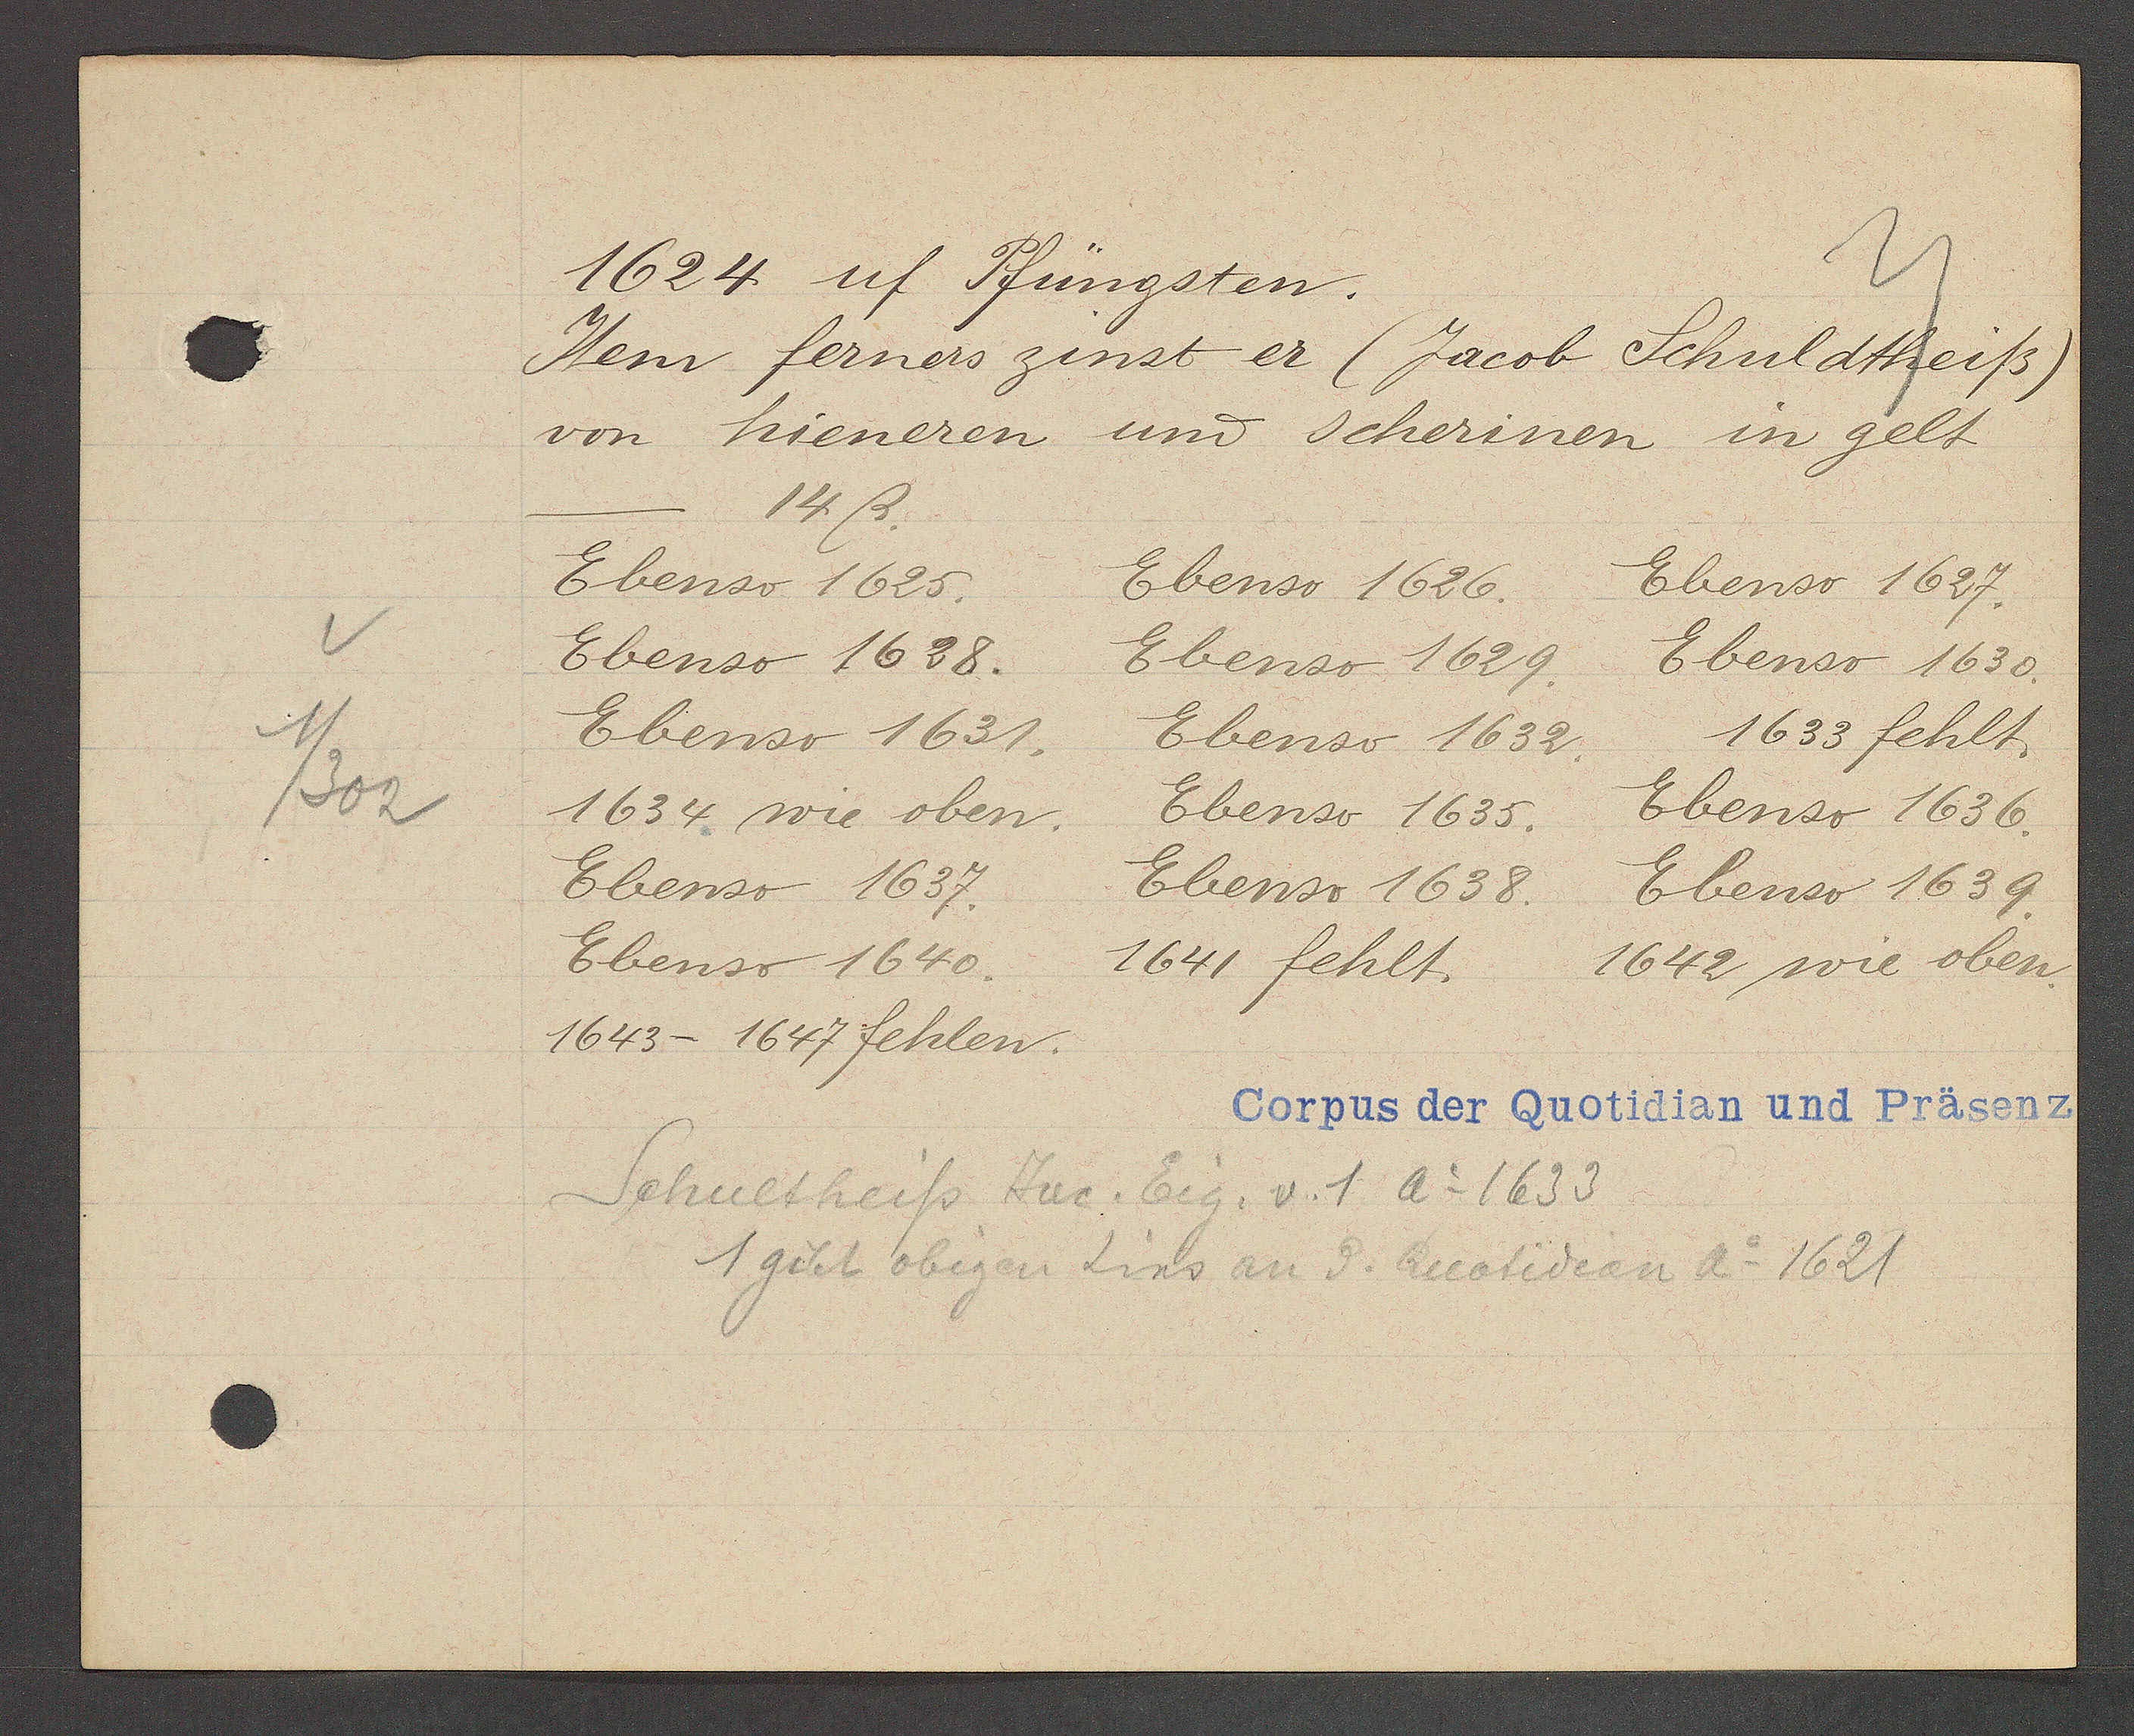
Transcript:
1
/302

1624 uf Pfüngsten.

Item ferners zinst er (Jacob Schuldtheiß)
von hieneren und scherinen in gelt
Ebenso 1625.
Ebenso 1638.
Ebenso 1631.
1634 wie oben.
Ebenso 1637.
Ebenso 1640.
1643- 1647 fehlen.
14ß.
Ebenso 1626. Ebenso 1627.
Ebenso 1629. Ebenso 1630.
Ebenso 1632.
Ebenso 1635. Ebenso 1636.
Ebenso 1638. Ebenso 1639.
1641 fehlt. 1642 wie oben.
1633 fehlt.

Corpus der Quotidian und Präsenz

Schultheiss Jac. Eig. v. 1 Ao 1633
1 gibt obigen Zins an d. Quotidian Ao 1621